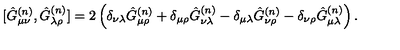
[ \hat { G } _ { \mu \nu } ^ { ( n ) } , \hat { G } _ { \lambda \rho } ^ { ( n ) } ] = 2 \left( \delta _ { \nu \lambda } \hat { G } _ { \mu \rho } ^ { ( n ) } + \delta _ { \mu \rho } \hat { G } _ { \nu \lambda } ^ { ( n ) } - \delta _ { \mu \lambda } \hat { G } _ { \nu \rho } ^ { ( n ) } - \delta _ { \nu \rho } \hat { G } _ { \mu \lambda } ^ { ( n ) } \right) .